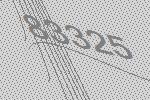
83325